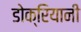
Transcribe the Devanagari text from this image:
डोक्रियानी